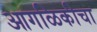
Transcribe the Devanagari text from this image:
आगळिकीचा